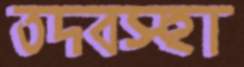
তদবস্হা